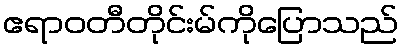
ဧရာဝတီတိုင်းမ်ကိုပြောသည်